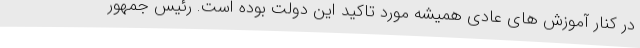
در کنار آموزش های عادی همیشه مورد تاکید این دولت بوده است. رئیس جمهور